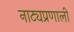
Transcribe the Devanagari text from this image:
नाट्यप्रणाली